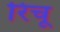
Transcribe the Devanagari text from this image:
रिचू